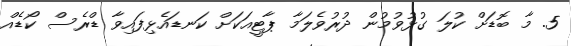
5. މާ ބޮޑަށް ކުލަ ގުޅުވުމުން ދުރުވެލަމާ ޕާޓީއަކަށް ކަނޑައެޅިފައިވާ ޑްރެސް ކޯޑެއް